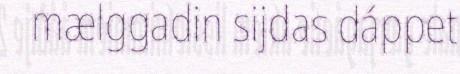
mælggadin sijdas dáppet